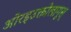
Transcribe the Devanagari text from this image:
ओरइउक्तोलागूस्